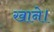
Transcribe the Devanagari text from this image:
खाने।